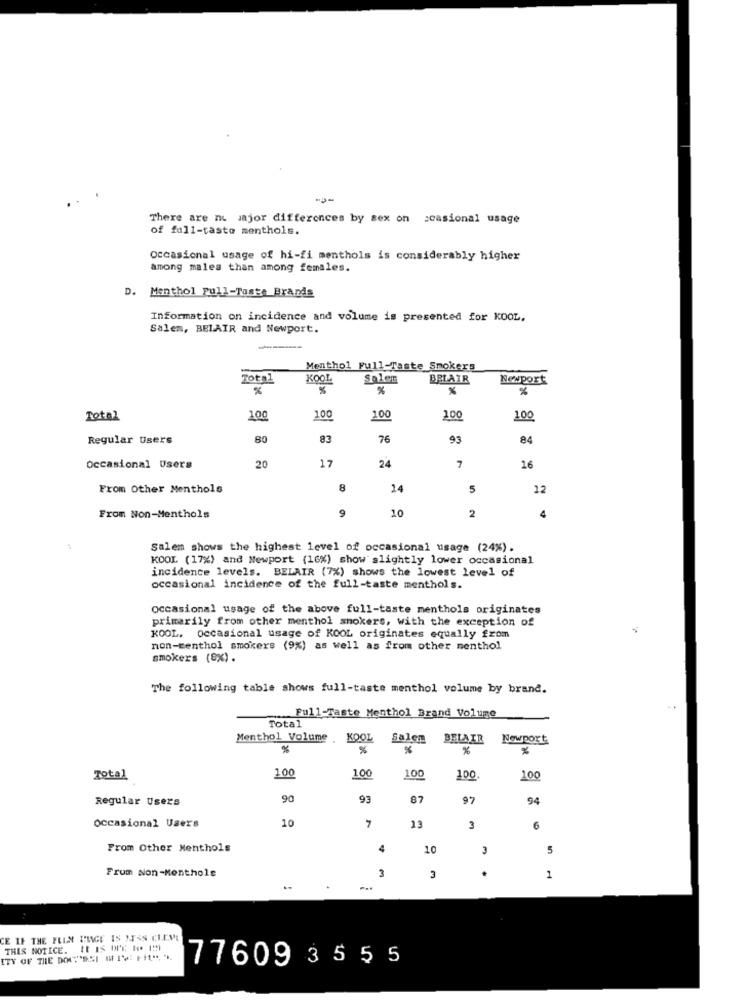
---
There are no major differences by sex on seasional usage
of full-taste menthols.
Occasional usage of hi-fi menthols is considerably higher
among males than among females.
D. Menthol pull-Taste Brands
Information on incidence and volume is presented for KOOL,
Salem, BELAIR and Newport.
---
Menthol Full-Taste Smokers
Total
KOOL
Salen
BELAIR
Newport
%
%
%
Total
100
100
200
100
100
Regular Users
80
83
76
84
7
16
Occasional Users
20
17
24
From Other Menthols
8
14
5
12
9
10
4
From Non-Menthols
2
Salem shows the highest level of occasional usage (24%).
KOOL (17%) and Newport (16%) show slightly lower occasional
incidence levels. BELAIR (7%) shows the lowest level of
occasional incidence of the full-taste menthols.
occasional usage of the above full-taste menthols originates
primarily from other menthol smokers, with the exception of
KOOL. Occasional usage of KOOL originates equally from
non-menthol smokers (9%) as well as from other menthol
smokers (8%) .
The following table shows full-taste menthol volume by brand.
Full-Taste Menthol Brand Volume
Total
Menthol Volume . KOOL
Salem
BELAIR
Newport
%
%
%
%
100
Total
100
100
100
100
Regular Users
90
93
87
97
94
occasional Users
10
7
6
From Other Menthols
4
10
3
5
Frum Non-Menthols
3
.
1
E IF THE FLIN IHINGE IS ITSS CHEMI
THIS NOTICE. It IS OrE Ie IM
ITY OF THE DOC"ESI (IV: F!", "
77609 3
5 5